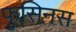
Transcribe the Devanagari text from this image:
फुसिनस